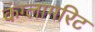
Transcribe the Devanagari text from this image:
कंग्लामरिट